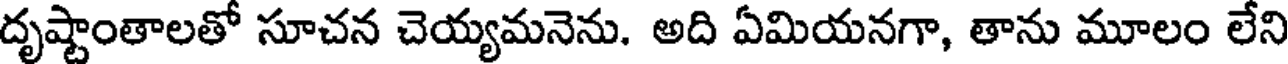
దృష్టాంతాలతో సూచన చెయ్యమనెను. అది ఏమియనగా, తాను మూలం లేని